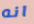
انه